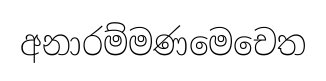
අනාරම්මණමෙචෙත